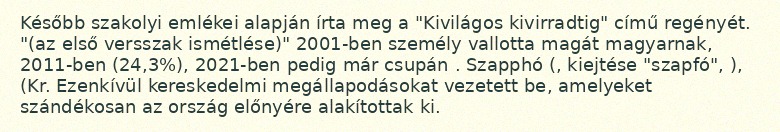
Később szakolyi emlékei alapján írta meg a "Kivilágos kivirradtig" című regényét. "(az első versszak ismétlése)" 2001-ben személy vallotta magát magyarnak, 2011-ben (24,3%), 2021-ben pedig már csupán . Szapphó (, kiejtése "szapfó", ), (Kr. Ezenkívül kereskedelmi megállapodásokat vezetett be, amelyeket szándékosan az ország előnyére alakítottak ki.